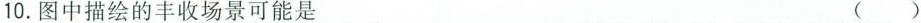
10.图中描绘的丰收场景可能是 ( )